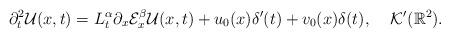
LaTeX: \begin{align*}\partial _{t}^{2}\mathcal{U}(x,t)=L_{t}^{\alpha }\partial _{x}\mathcal{E}_{x}^{\beta }\mathcal{U}(x,t)+u_{0}(x)\delta ^{\prime }(t)+v_{0}(x)\delta(t),\;\;\;\;\mathcal{K}^{\prime }(\mathbb{R}^{2}).\end{align*}